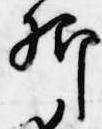
卿